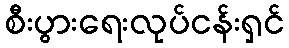
စီးပွားရေးလုပ်ငန်းရှင်